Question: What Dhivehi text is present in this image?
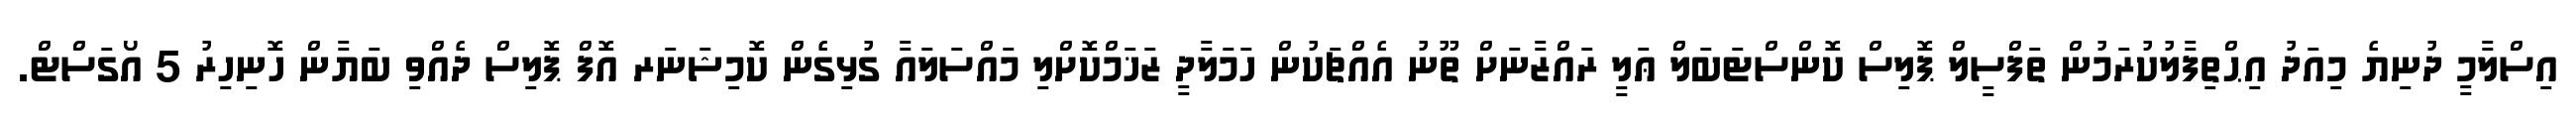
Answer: އިސްލާމީ ދުނިޔެ މިއަދު އިޙްތިފާލުކުރަމުން ތަފްސީލް ޕޮލިސް ކޮންސްޓަބަލް ޢަލީ ރައްޒާނަށް ތޫނު އެއްޗަކުން ހަމަލާދީ ޒަޚަމްކޮށްލި މައްސަލައާ ގުޅިގެން ކޮމިޝަނަރ އޮފް ޕޮލިސް ދެއްވި ބަޔާން ހޮނިހިރު 5 އޯގަސްޓް.